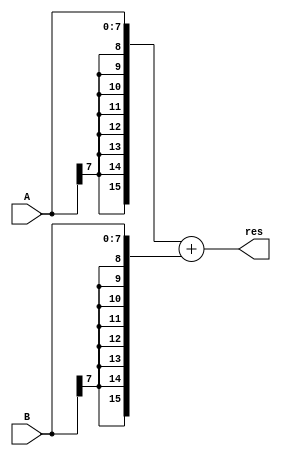
`timescale 1ns / 1ps

// 4-bit adder

module adder(
	A,
	B,
	res
    );

	input [7:0] A, B;
	output [15:0] res;
	
	wire [15:0] res, opA, opB;

	//sign extend A & B
	assign opA = { {8{A[7]}}, A};
	assign opB = { {8{B[7]}}, B};
	assign res = opA + opB;

endmodule